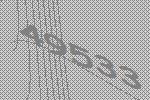
49533